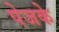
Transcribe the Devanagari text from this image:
पेजके